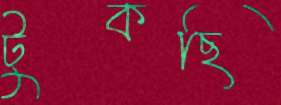
টুকছি